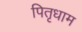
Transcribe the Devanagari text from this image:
पितृधाम